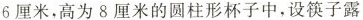
6厘米，高为8厘米的圆柱形杯子中，设筷子露